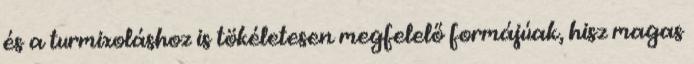
és a turmixoláshoz is tökéletesen megfelelő formájúak, hisz magas